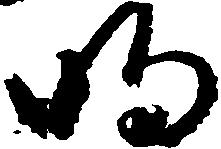
明